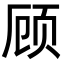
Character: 顾